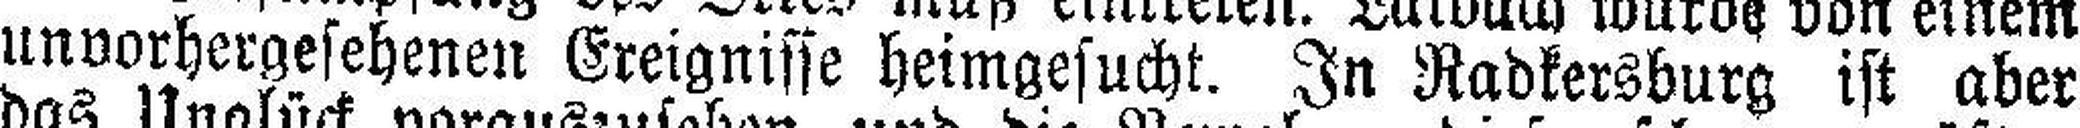
unvorhergesehenen Ereignisse heimgesucht. In Radkersburg ist aber